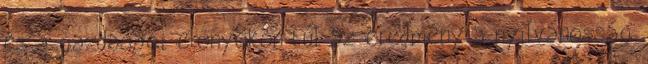
és a gazdasági előnyökön túl az eredmény a nyilvánosság